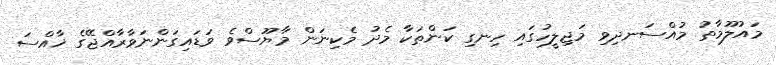
މައުލޫމާތު މުއްސަނދިވި މަޖިލީހުގައި ހިނގި ކަންތަކާ މެދު މެކިނަން މާޔޫސްވެ ވަޑައިގަންނަވާރާއްޖޭގެ ޚާއްސަ